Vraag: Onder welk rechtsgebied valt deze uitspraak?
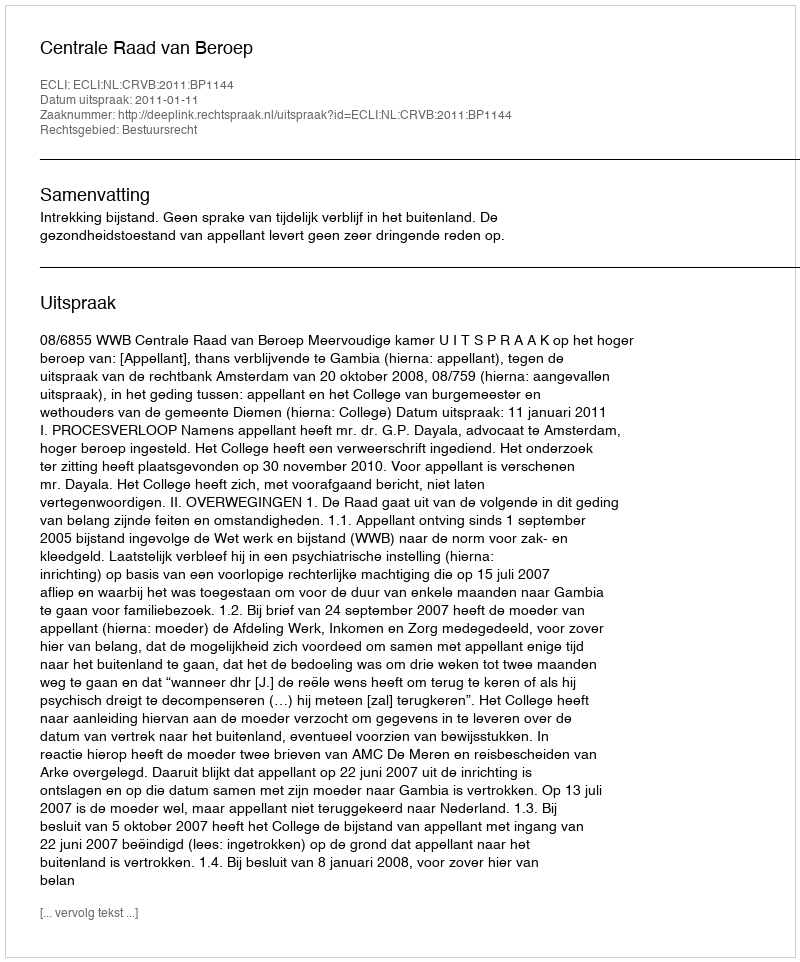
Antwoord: Bestuursrecht